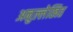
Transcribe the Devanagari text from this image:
अनुल्लेखित